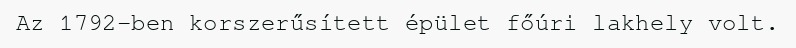
Az 1792-ben korszerűsített épület főúri lakhely volt.